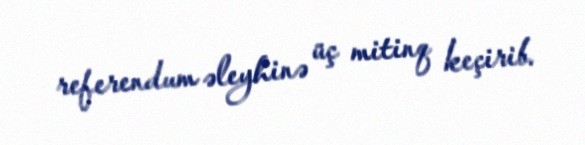
referendum əleyhinə üç mitinq keçirib.